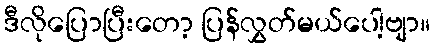
ဒီလိုပြောပြီးတော့ ပြန်လွှတ်မယ်ပေါ့ဗျာ။